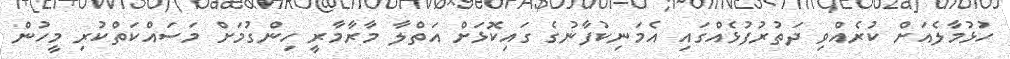
ހުޅުމާލެއަށް ކުރެއްވި ދަތުރުފުޅެއްގައި އެމަނިކުފާނުގެ ގައިކޮޅަށް އަތްލާ މާރާމާރީ ހިންގުމަށް މަސައްކަތްކުރި މީހުން